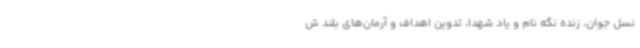
نسل جوان، زنده نگه نام و یاد شهدا، تدوین اهداف و آرمان‌های بلند ش